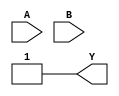
module or_gate(A,B,Y);

input A , B ;

output Y; 

always @ (A==1 or B ==1)

Y = 1;

endmodule